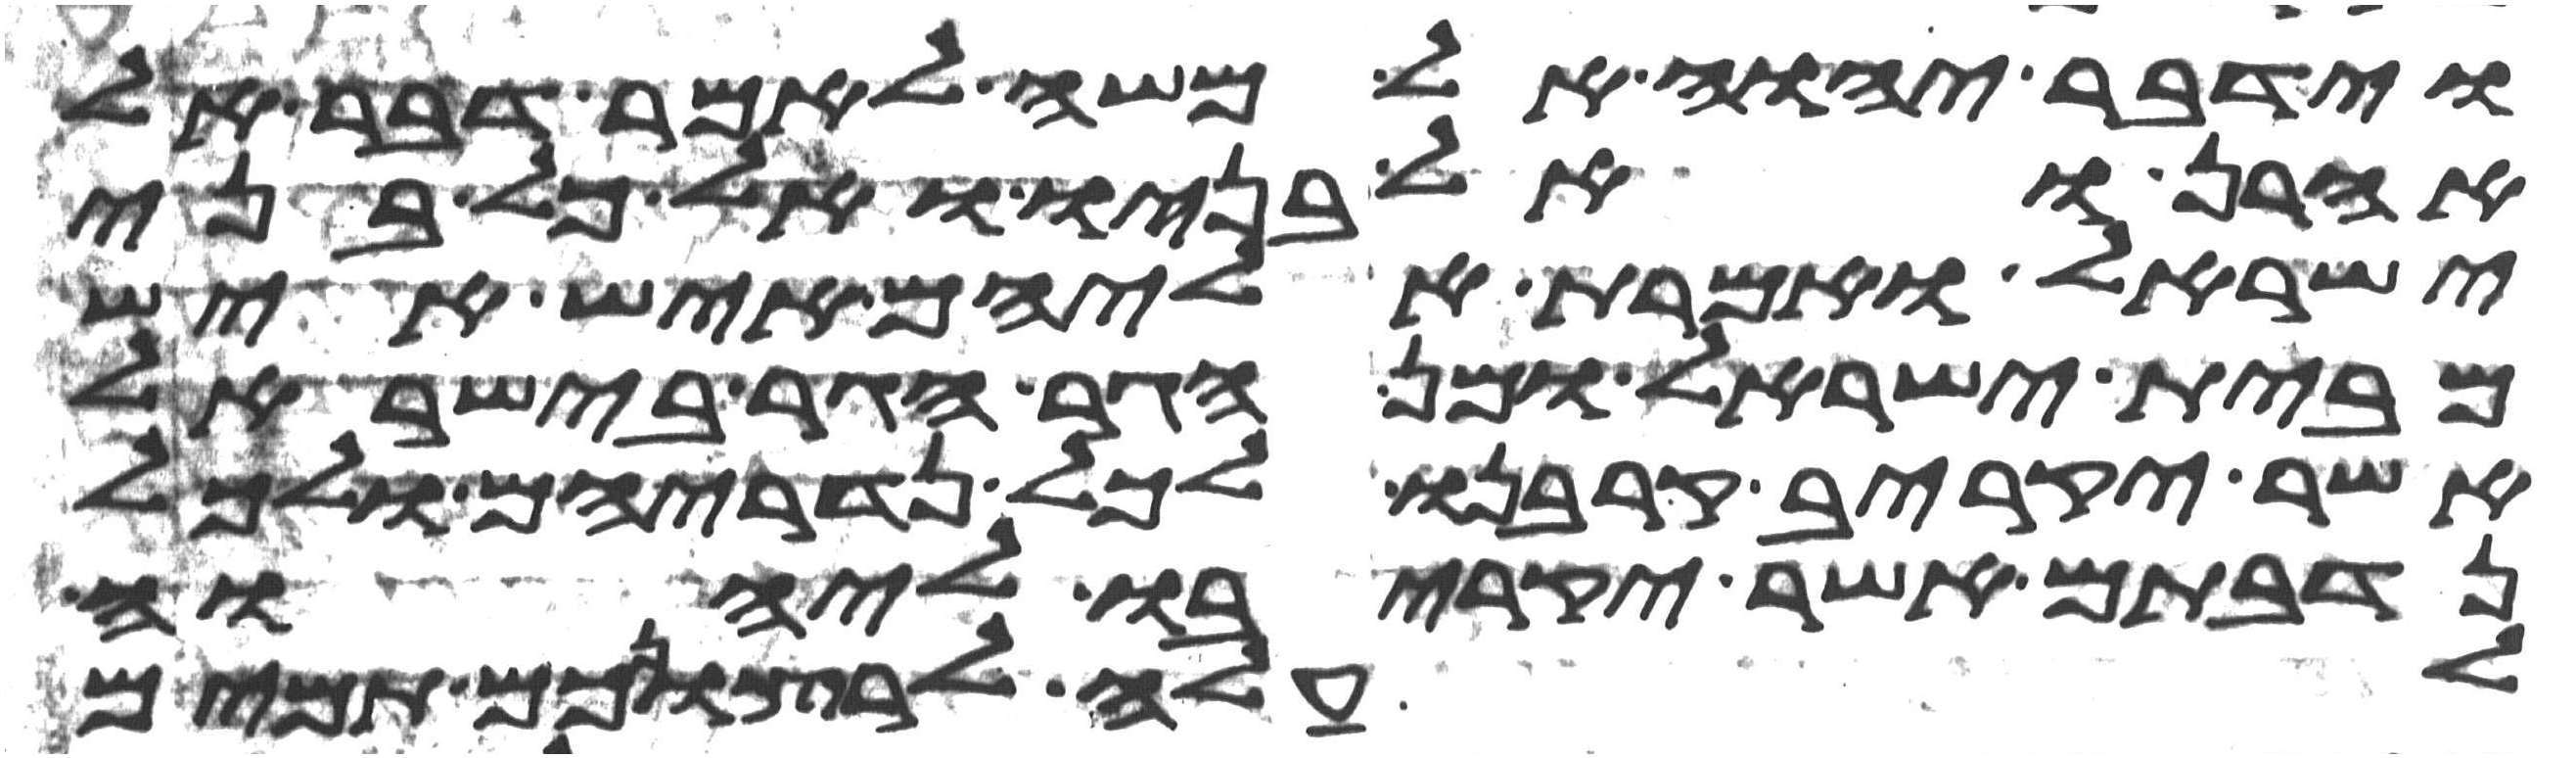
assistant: וידבר יהוה אל משה לאמר דבר אל
אהרן ואל בניו ואל כל בני
ישראל ואמרת אליהם איש איש
מבית ישראל ומן הגר הגר בישראל
אשר יקריב קרבנו לכל נדריהם ולכל
נדבתם אשר יקריבו ליהוה
לעלה לרצונכם תמים